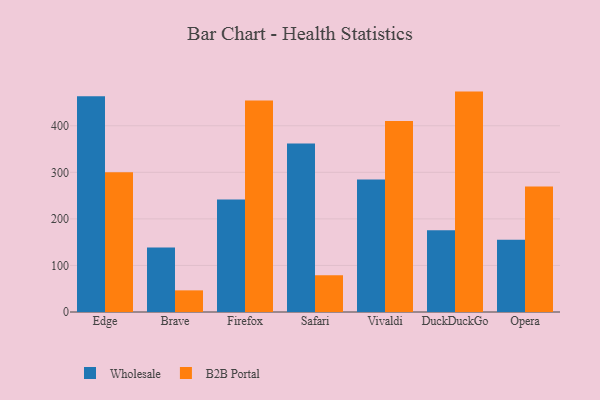
{"axis": {"x": "Browser", "y": "Production Output"}, "legend": ["B2B Portal", "Wholesale"], "data": [{"x": "Edge", "y": 463.3, "type": "Wholesale"}, {"x": "Edge", "y": 300.4, "type": "B2B Portal"}, {"x": "Brave", "y": 138.7, "type": "Wholesale"}, {"x": "Brave", "y": 46.5, "type": "B2B Portal"}, {"x": "Firefox", "y": 241.5, "type": "Wholesale"}, {"x": "Firefox", "y": 454.4, "type": "B2B Portal"}, {"x": "Safari", "y": 361.8, "type": "Wholesale"}, {"x": "Safari", "y": 78.8, "type": "B2B Portal"}, {"x": "Vivaldi", "y": 284.6, "type": "Wholesale"}, {"x": "Vivaldi", "y": 410.4, "type": "B2B Portal"}, {"x": "DuckDuckGo", "y": 175.8, "type": "Wholesale"}, {"x": "DuckDuckGo", "y": 473.4, "type": "B2B Portal"}, {"x": "Opera", "y": 155.0, "type": "Wholesale"}, {"x": "Opera", "y": 269.6, "type": "B2B Portal"}]}